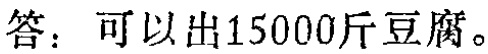
答：可以出15000斤豆腐。